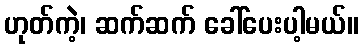
ဟုတ်ကဲ့၊ ဆက်ဆက် ခေါ်ပေးပါ့မယ်။